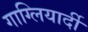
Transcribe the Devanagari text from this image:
गाग्लियार्दी